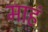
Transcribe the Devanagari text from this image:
माहं